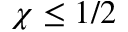
\chi \le 1 / 2